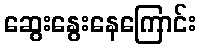
ဆွေးနွေးနေကြောင်း